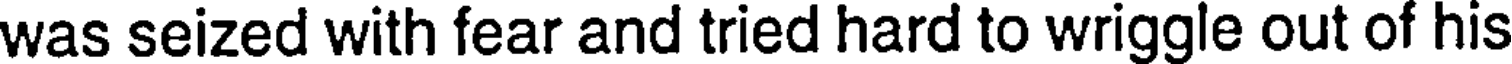
was seized with fear and tried hard to wriggle out of his